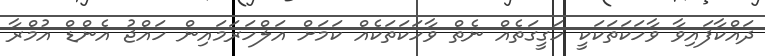
ދައްކާފައިވާ ވާހަކަތަކަކީ ހަގީގަތެއް ނެތް ވާހަކަތަކެއް ކަމަށް އަލްހަރަމައިން ހައްޖު އެންޑް އުމްރާ